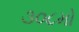
૩૦૮મો